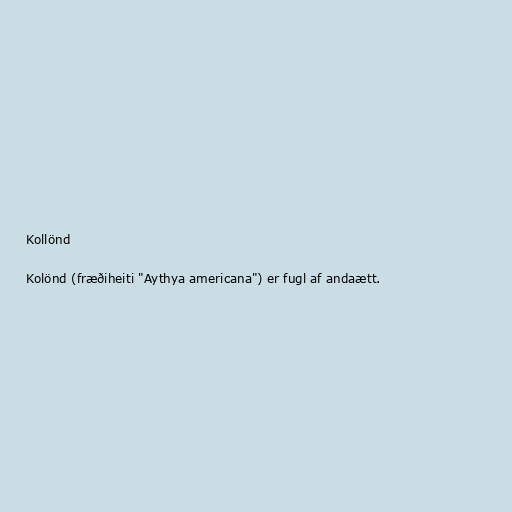
Kollönd

Kolönd (fræðiheiti "Aythya americana") er fugl af andaætt.